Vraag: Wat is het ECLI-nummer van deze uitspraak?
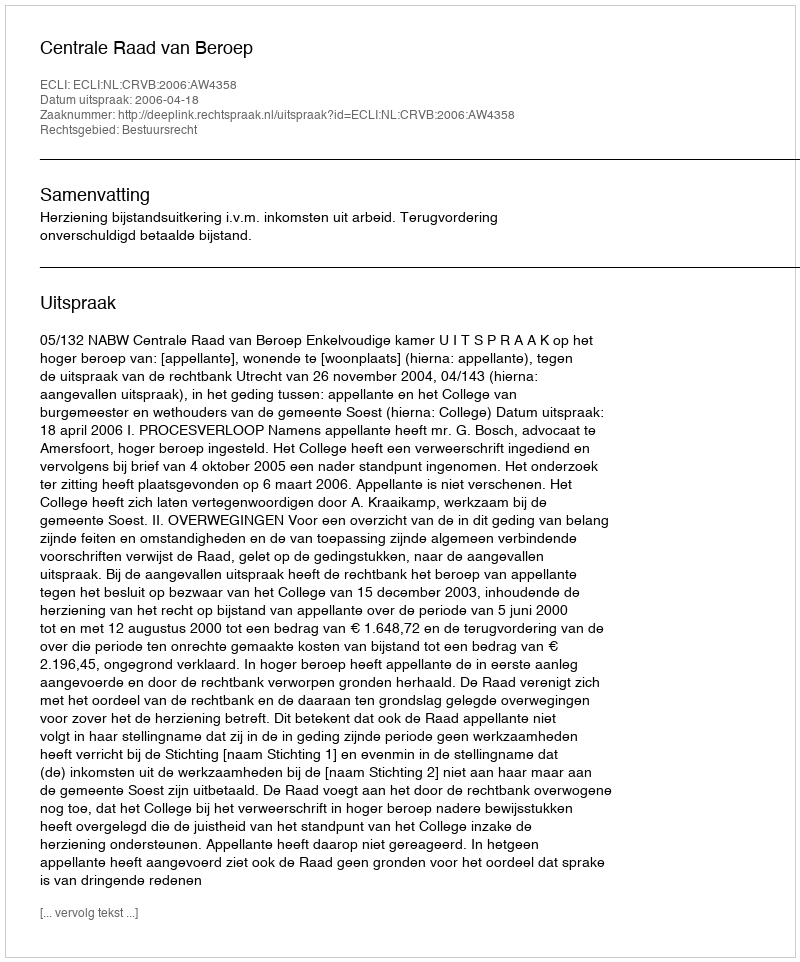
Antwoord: ECLI:NL:CRVB:2006:AW4358